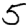
Digit: 5